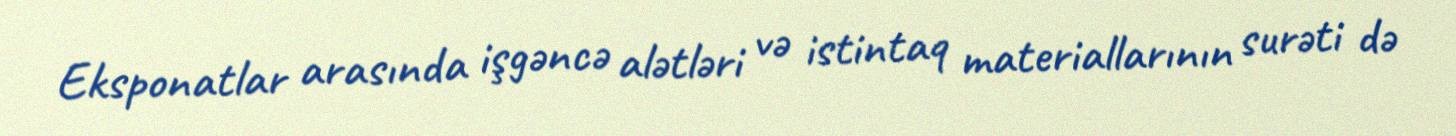
Eksponatlar arasında işgəncə alətləri və istintaq materiallarının surəti də